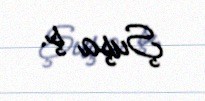
Şuşa ş.